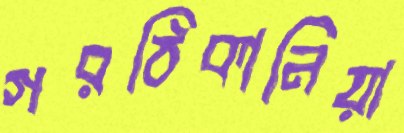
গরঠিকানিয়া